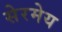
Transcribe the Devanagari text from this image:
सेरमेय